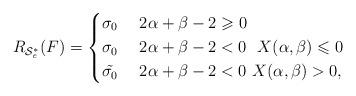
LaTeX: \begin{align*}R_{\mathcal{S}^{*}_{\mathit{e}}}(F)&= \begin{dcases}\sigma_{0} &\ 2\alpha+\beta-2\geqslant 0\\\sigma_{0} &\ 2\alpha+\beta-2<0\ \ X(\alpha,\beta)\leqslant 0\\\tilde{\sigma_{0}}&\ 2\alpha+\beta-2<0\ X(\alpha,\beta)> 0,\end{dcases}\end{align*}